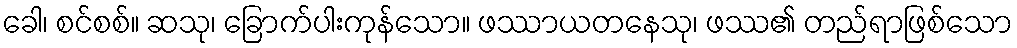
ခေါ၊ စင်စစ်။ ဆသု၊ ခြောက်ပါးကုန်သော။ ဖဿာယတနေသု၊ ဖဿ၏ တည်ရာဖြစ်သော